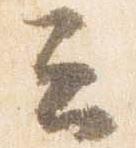
云